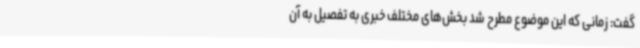
گفت: زمانی که این موضوع مطرح شد بخش‌های مختلف خبری به تفصیل به آن